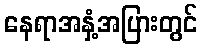
နေရာအနှံ့အပြားတွင်